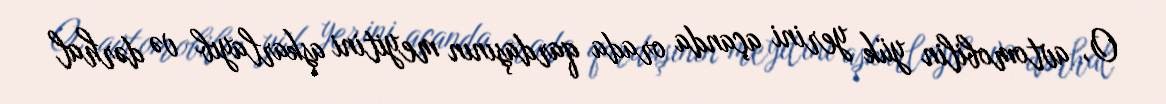
O, avtomobilin yük yerini açanda orada qardaşının meyitini aşkarlayıb və dərhal